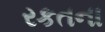
રકતના